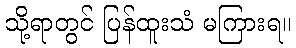
သို့ရာတွင် ပြန်ထူးသံ မကြားရ။